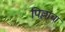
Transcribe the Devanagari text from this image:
पिल्लांचा